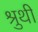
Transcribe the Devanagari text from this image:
श्रुथी